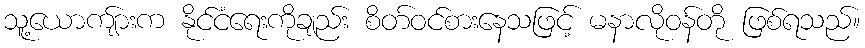
သူ့ယောကျ်ားက နိုင်ငံရေးကိုချည်း စိတ်ဝင်စားနေသဖြင့် မနာလိုဝန်တို ဖြစ်ရသည်။